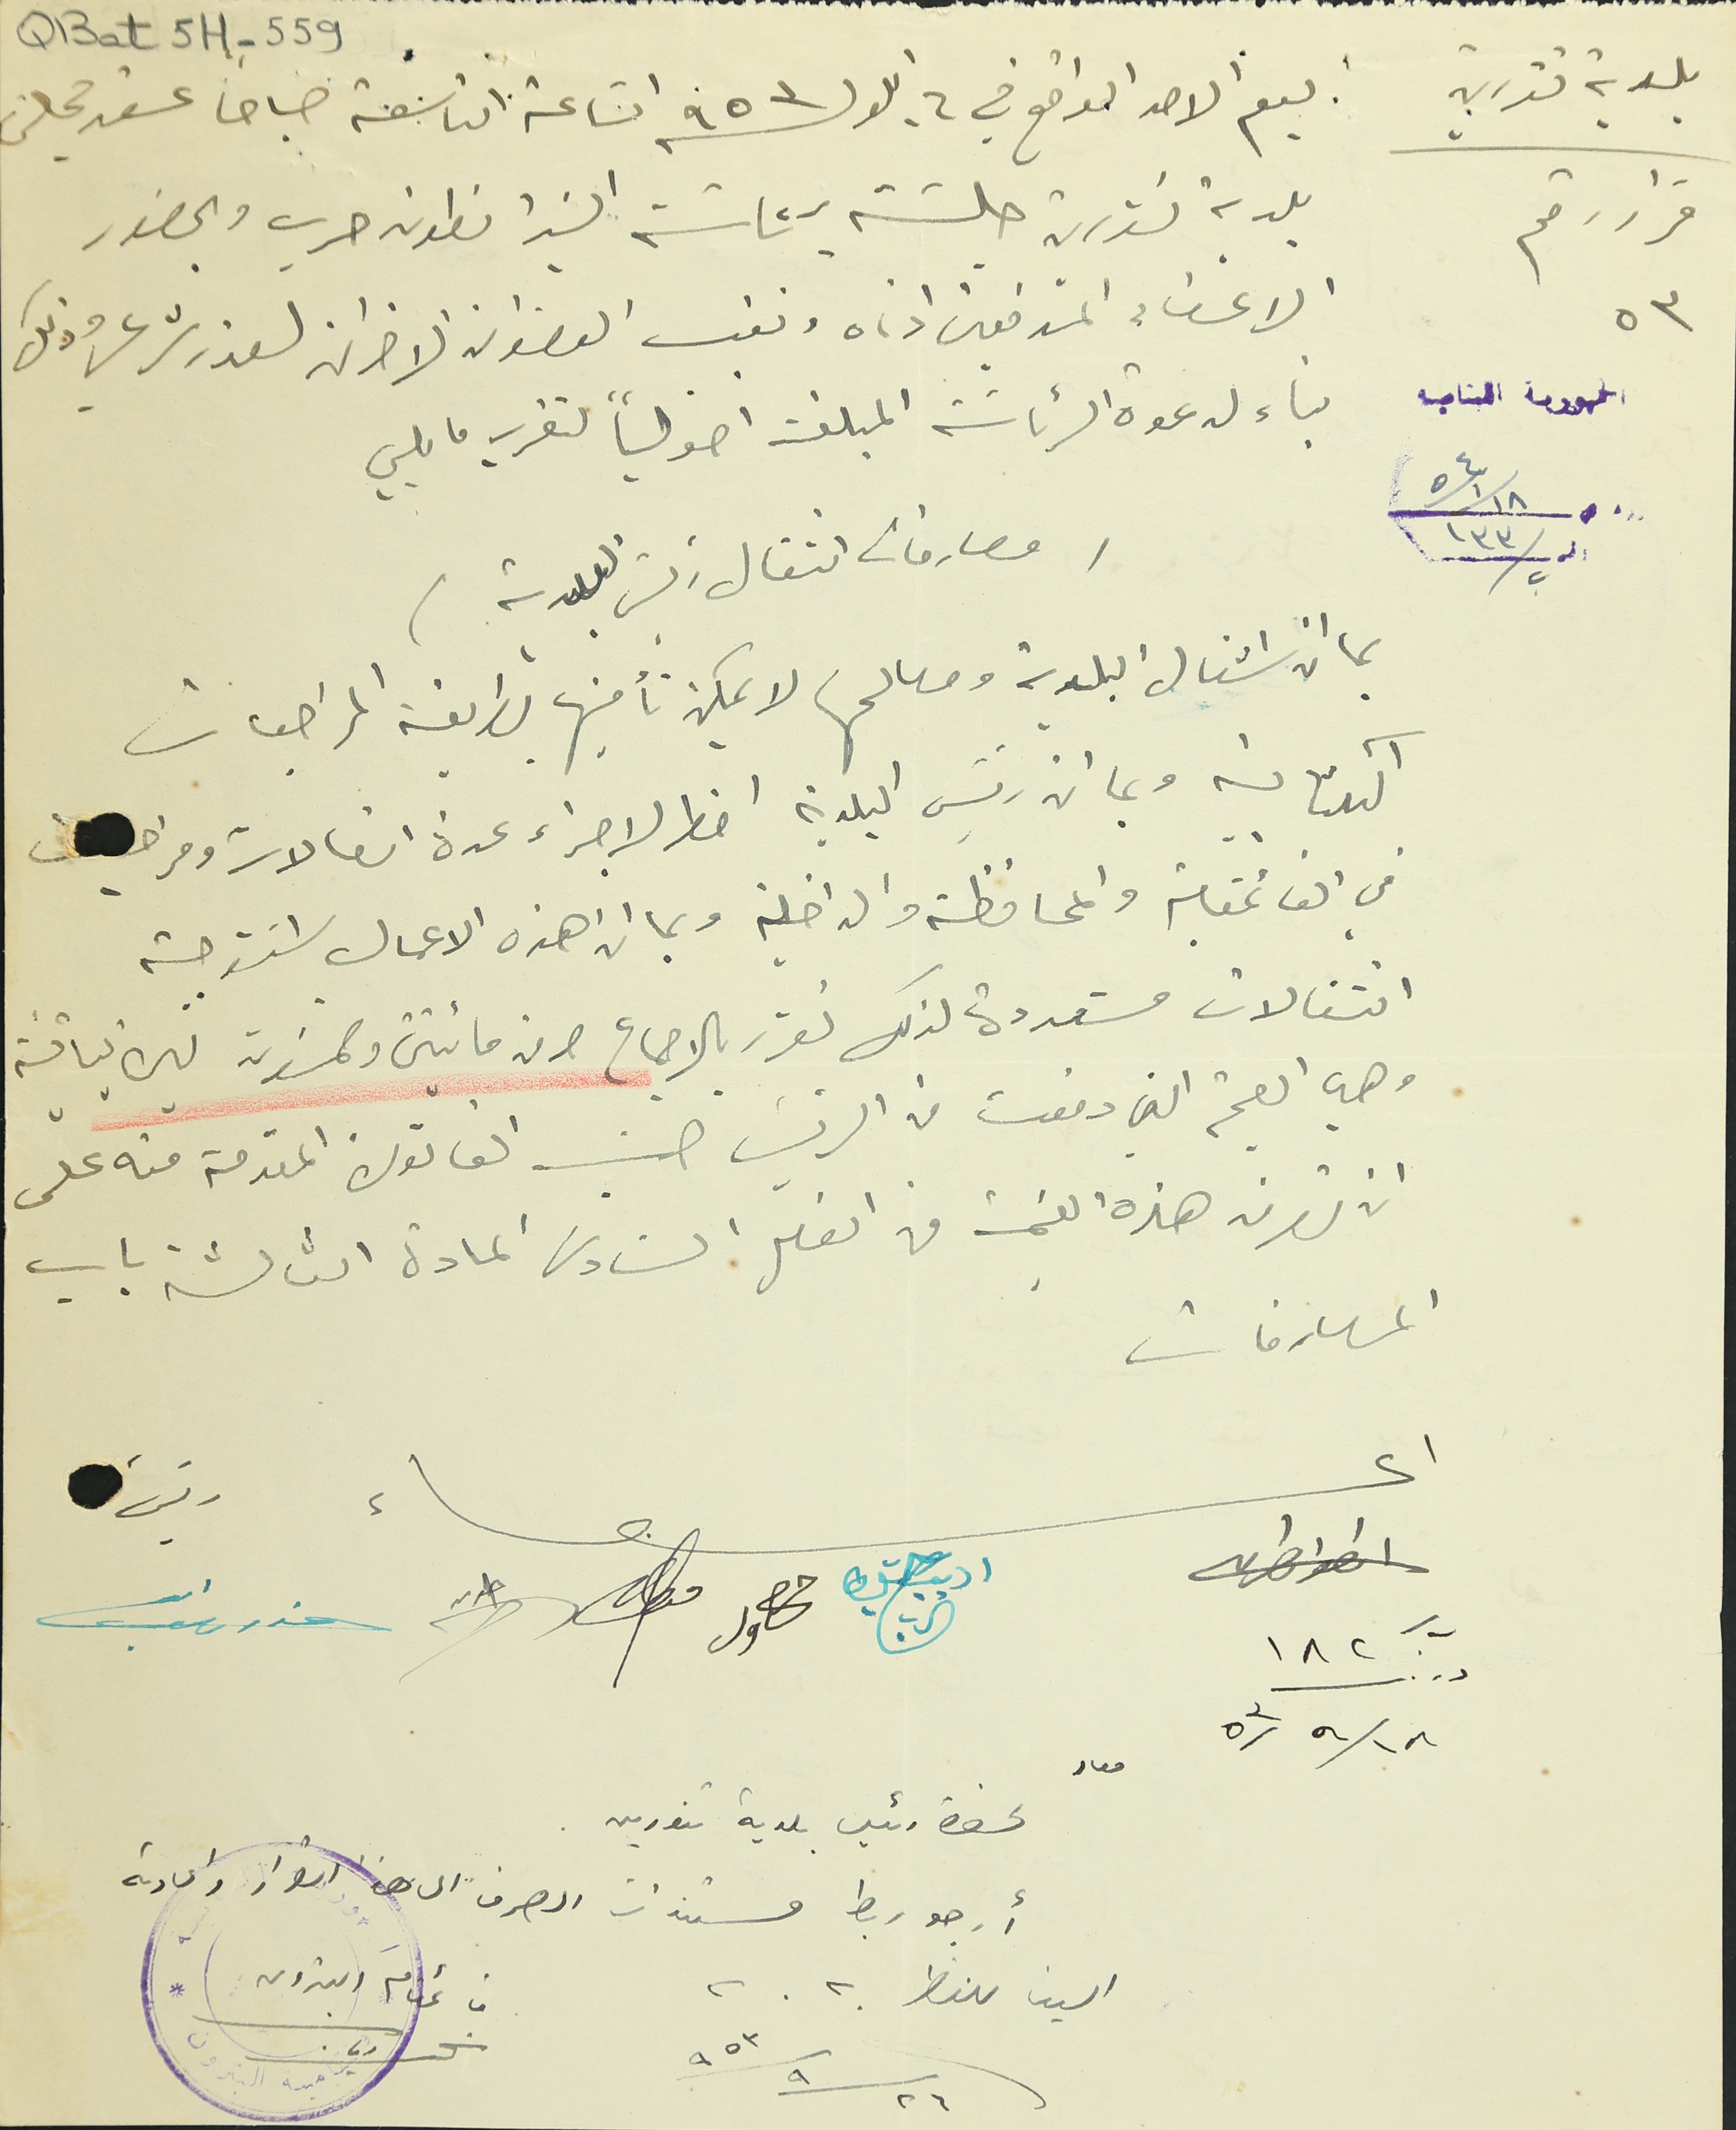
بلدية تنورين يوم الاحد الواقع في ٦ ايلول ٩٥٣ الساعة التاسعة صباحا عقد مجلس
QBat 5H-559
قرار رقم ٥٣
بلدية تنورين جلسته برئاسة السَيد انطون حرب وبحضور
الاعضاء الموقعين ادناه وتغيب العضوان الاخران لعذر شرعي وذلك
بناء لدعوة الرئاسة المبلغة اصولياً تقرر ما يلي
الجمهورية اللبنانية ١٨/١/٥٤ رقم ١٣٣
مصارفات انتقال رئيس البلدية
بما ان اشغال البلدية ومصالحها لا يمكن تأمينها بطريقة المراجعات
الكتابية وبما ان رئيس البلدية اضطر لاجراء عدة اتصالات
في القائمقامية والمحافظة والداخلية وبما ان هذه الاعمال استوجبته
انتقالات متعددة لذلك تقرر بالاجماع صرف مائتين وخمسَون ليرة لبنانية
وهي القيمة التي دفعت من الرئيس حسب الفاتورة المقدمة منه على
ان تصرف هذه القيمة من الفصل السَادس المادة الثالثة باب
المصارفات
اعضاء  رئيس
١٨٢/ ١٨/٩/٥٣
معاد لحضرة رئيس بلدية تنورين
أرجو ربط مستندات الصرف الى هذا القرار واعادته
الينا للنظر
٢٦/٩/٩٥٣ قائمقام البترون